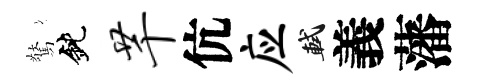
驚鈍芊伉应軾義藩